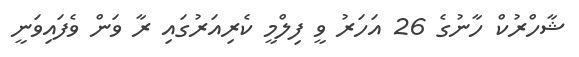
ޝާހްރުކް ހާނުގެ 26 އަހަރު ވީ ފިލްމީ ކެރިއަރުގައި ރާ ވަން ވެފައިވަނީ